Insane asylums in Bengal annual reports 1876-1887 - 1876-1887
Year: 1876
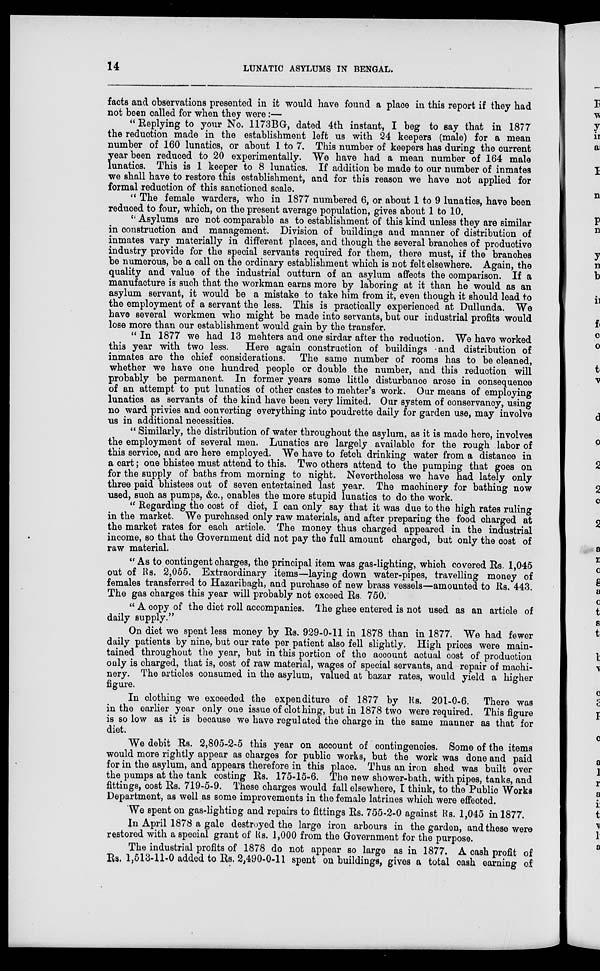
14
LUNATIC ASYLUMS IN BENGAL.
facts and observations presented in it would have found a place in this report if they had
not been called for when they were:—
“ Replying to your No. 1173BG, dated 4th instant, I beg to say that in 1877
the reduction made in the establishment left us with 24 keepers (male) for a mean
number of 160 lunatics, or about 1 to 7. This number of keepers has during the current
year been reduced to 20 experimentally. We have had a mean number of 164 male
lunatics. This is 1 keeper to 8 lunatics. If addition be made to our number of inmates
we shall have to restore this establishment, and for this reason we have not applied for
formal reduction of this sanctioned scale.
“ The female warders, who in 1877 numbered 6, or about 1 to 9 lunatics, have been
reduced to four, which, on the present average population, gives about 1 to 10.
“Asylums are not comparable as to establishment of this kind unless they are similar
in construction and management. Division of buildings and manner of distribution of
inmates vary materially in different places, and though the several branches of productive
industry provide for the special servants required for them, there must, if the branches
be numerous, be a call on the ordinary establishment which is not felt elsewhere. Again, the
quality and value of the industrial outturn of an asylum affects the comparison. If a
manufacture is such that the workman earns more by laboring at it than he would as an
asylum servant, it would be a mistake to take him from it, even though it should lead to
the employment of a servant the less. This is practically experienced at Dullunda. We
have several workmen who might be made into servants, but our industrial profits would
lose more than our establishment would gain by the transfer.
“ In 1877 we had 13 mehters and one sirdar after the reduction. We have worked
this year with two less.
Here again construction of buildings and distribution of
inmates are the chief considerations. The same number of rooms has to be cleaned,
whether we have one hundred people or double the number, and this reduction will
probably be permanent. In former years some little disturbance arose in consequence
of an attempt to put lunatics of other castes to mehter's work. Our means of employing
lunatics as servants of the kind have been very limited. Our system of conservancy, using
no ward privies and converting everything into poudrette daily for garden use, may involve
us in additional necessities.
“ Similarly, the distribution of water throughout the asylum, as it is made here, involves
the employment of several men. Lunatics are largely available for the rough labor of
this service, and are here employed. We have to fetch drinking water from a distance in
a cart; one bhistee must attend to this. Two others attend to the pumping that goes on
for the supply of baths from morning to night. Nevertheless we have had lately only
three paid bhistees out of seven entertained last year. The machinery for bathing now
used, such as pumps, &c., enables the more stupid lunatics to do the work.
“ Regarding the cost of diet, I can only say that it was due to the high rates ruling
in the market. We purchased only raw materials, and after preparing the food charged at
the market rates for each article. The money thus charged appeared in the industrial
income, so that the Government did not pay the full amount charged, but only the cost of
raw material.
“As to contingent charges, the principal item was gas-lighting, which covered Rs. 1,045
out of Rs. 2,055. Extraordinary items—laying down water-pipes, travelling money of
females transferred to Hazaribagh, and purchase of new brass vessels—amounted to Rs. 443.
The gas charges this year will probably not exceed Rs. 750.
“ A copy of the diet roll accompanies. The ghee entered is not used as an article of
daily supply.”
On diet we spent less money by Rs. 929-0-11 in 1878 than in 1877. We had fewer
daily patients by nine, but our rate per patient also fell slightly. High prices were main-
tained throughout the year, but in this portion of the account actual cost of production
only is charged, that is, cost of raw material, wages of special servants, and repair of machi-
nery. The articles consumed in the asylum, valued at bazar rates, would yield a higher
figure.
In clothing we exceeded the expenditure of 1877 by Rs. 201-0-6. There was
in the earlier year only one issue of clothing, but in 1878 two were required. This figure
is so low as it is because we have regulated the charge in the same manner as that for
diet.
We debit Rs. 2,805-2-5 this year on account of contingencies. Some of the items
would more rightly appear as charges for public works, but the work was done and paid
for in the asylum, and appears therefore in this place. Thus an iron shed was built over
the pumps at the tank costing Rs. 175-15-6. The new shower-bath, with pipes, tanks, and
fittings, cost Rs. 719-5-9. These charges would fall elsewhere, I think, to the Public Works
Department, as well as some improvements in the female latrines which were effected.
We spent on gas-lighting and repairs to fittings Rs. 755-2-0 against Rs. 1,045 in 1877.
In April 1878 a gale destroyed the large iron arbours in the garden, and these were
restored with a special grant of Rs. 1,000 from the Government for the purpose.
The industrial profits of 1878 do not appear so large as in 1877. A cash profit of
Rs. 1,513-11-0 added to Rs. 2,490-0-11 spent on buildings, gives a total cash earning of